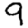
Digit: 9